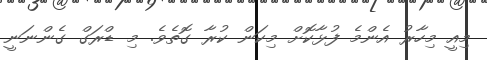
މިއީ މިހާރު އެންމެ ފުޅާކޮށް މިކަން ކުރާ ގޮތެވެ. މި ޑްރަގް ގެންނަނީ